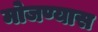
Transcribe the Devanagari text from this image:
मोजण्यास